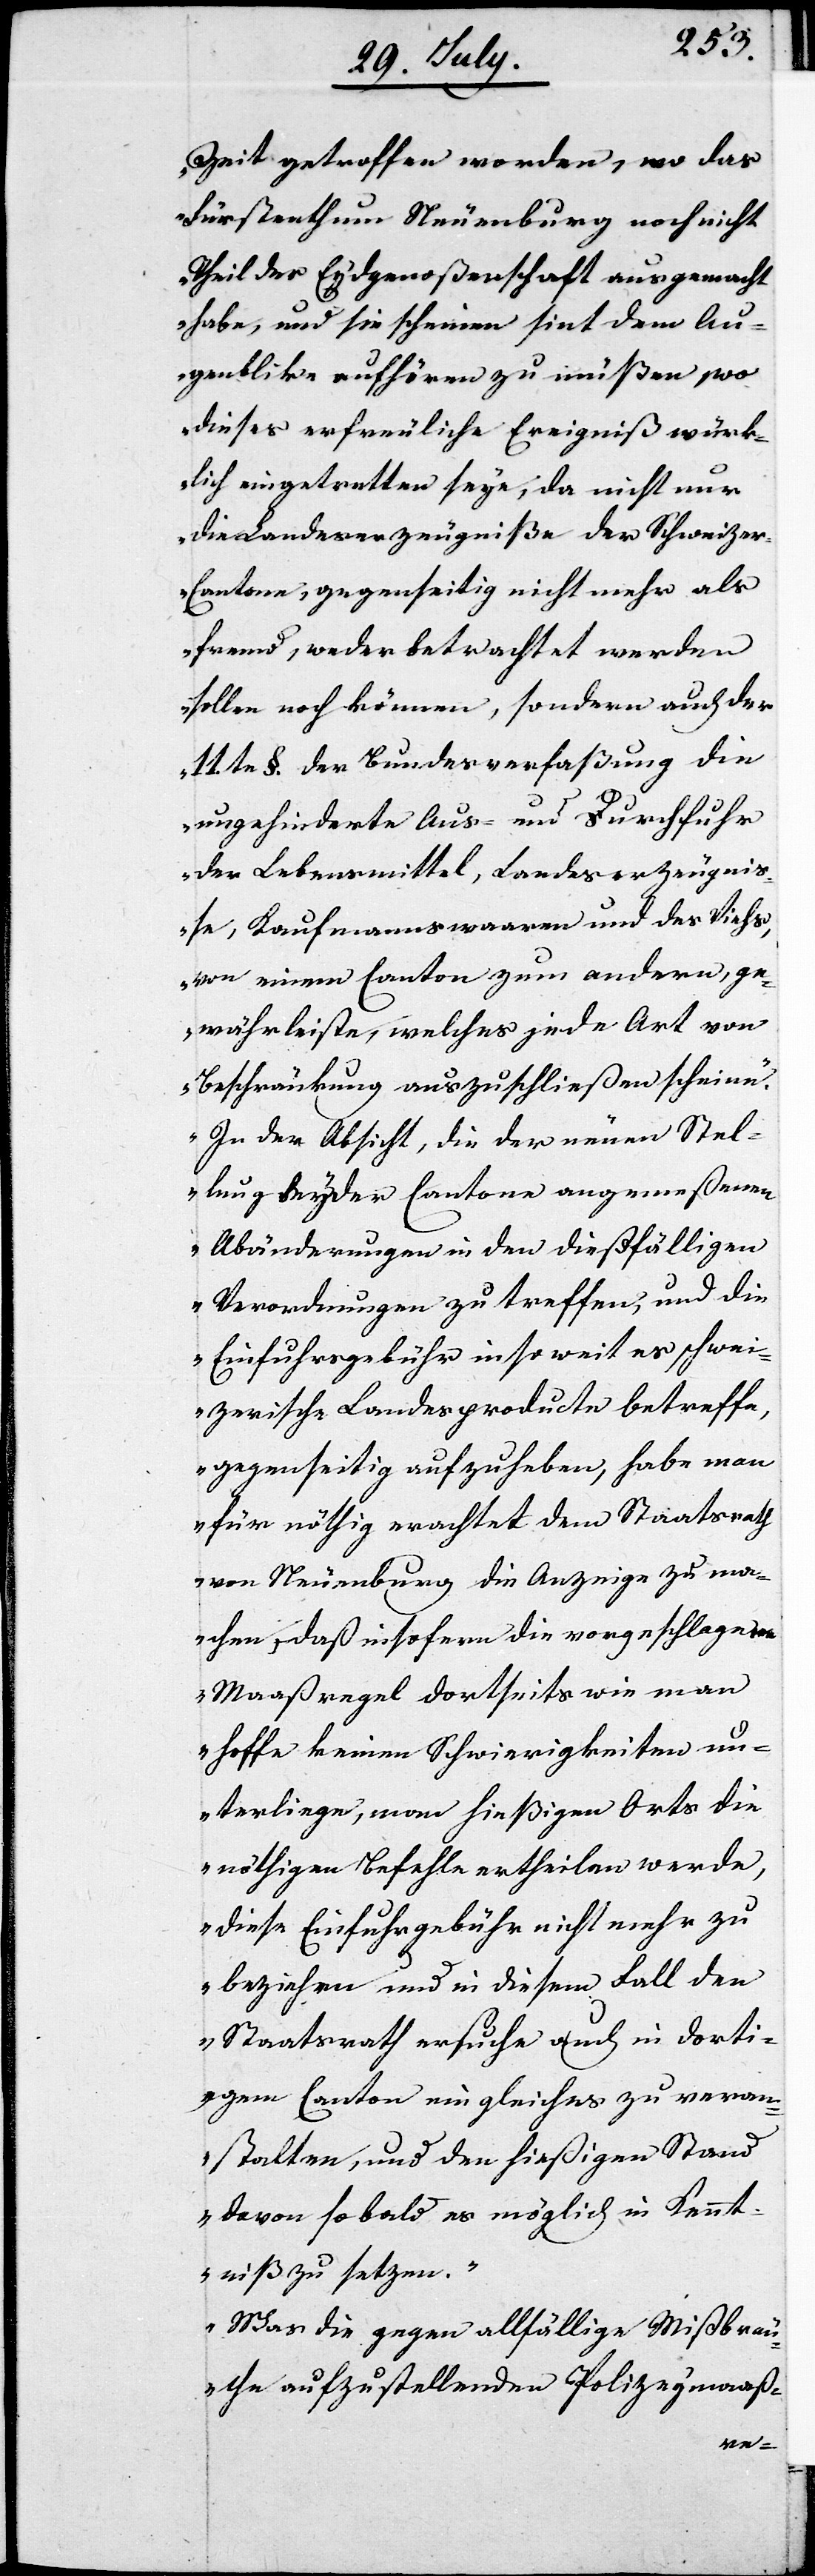
Zeit getroffen worden, wo das
Fürstenthum Neuenburg noch nicht
Theil der Eydgenoßenschaft ausgemacht
habe, und sie scheinen sint dem Au¬
genblick aufhören zu müßen, wo
dieses erfreuliche Ereignis würk¬
lich eingetretten seye, da nicht nur
die Landeserzeugniße der Schweize¬
r-Cantone, gegenseitig nicht mehr als
fremd, weder betrachtet werden
sollen noch können, sondern auch der
11te §. der Bundesverfaßung die
ungehinderte Aus- und Durchfuhr
der Lebensmittel, Landeserzeugniß¬
e, Kaufmannswaaren und des Viehs,
von einem Canton zum andern ge¬
währleiste, welches jede Art von
Beschränkung auszuschließen scheine.
In der Absicht, die der neuen Stel¬
lung beyder Cantone angemeßenen
Abänderungen in den dießfälligen
Verordnungen zu treffen, und die
Einfuhrgebühr insoweit es schwei¬
zerische Landesproducte betreffe,
gegenseitig aufzuheben, habe man
für nöthig erachtet dem Staatsrath
von Neuenburg die Anzeige zu ma¬
chen, daß insofern die vorgeschlagenen
Maßregeln dortseits wie man
hoffe keinen Schwierigkeiten un¬
terliegen, man hießigen Orts die
nöthigen Befehle ertheilen werde,
diese Einfuhrsgebühr nicht mehr zu
beziehen und in diesem Fall den
Staatsrath ersuche auch in dorti¬
gem Canton ein gleiches zu veran¬
stalten, und den hießigen Stand
davon so bald es möglich in Kennt¬
niß zu setzen.
Was die gegen allfällige Mißbräu¬
che aufzustellenden Polizeymaaß-